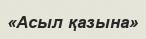
«Асыл қазына»